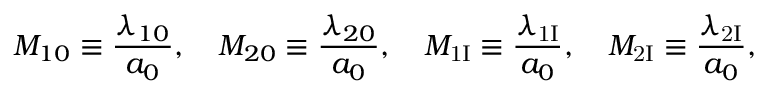
M _ { 1 0 } \equiv \frac { \lambda _ { 1 0 } } { a _ { 0 } } , \quad M _ { 2 0 } \equiv \frac { \lambda _ { 2 0 } } { a _ { 0 } } , \quad M _ { \mathrm { 1 I } } \equiv \frac { \lambda _ { \mathrm { 1 I } } } { a _ { 0 } } , \quad M _ { \mathrm { 2 I } } \equiv \frac { \lambda _ { \mathrm { 2 I } } } { a _ { 0 } } , \quad